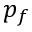
p _ { f }